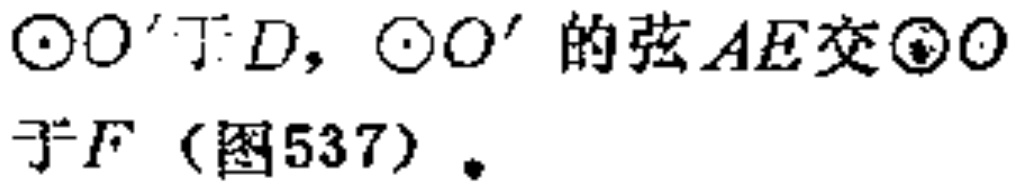
$\odot O'$于$D$，$\odot O'$的弦$AE$交$\odot O$于$F$（图537）.